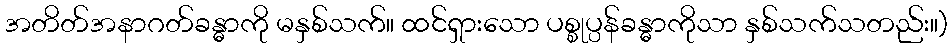
အတိတ်အနာဂတ်ခန္ဓာကို မနှစ်သက်။ ထင်ရှားသော ပစ္စုပ္ပန်ခန္ဓာကိုသာ နှစ်သက်သတည်း။)